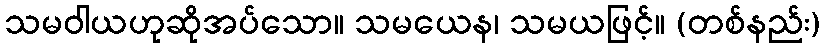
သမဝါယဟုဆိုအပ်သော။ သမယေန၊ သမယဖြင့်။ (တစ်နည်း)